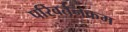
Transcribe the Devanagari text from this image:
परिवर्तनक्रम